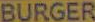
BURGER